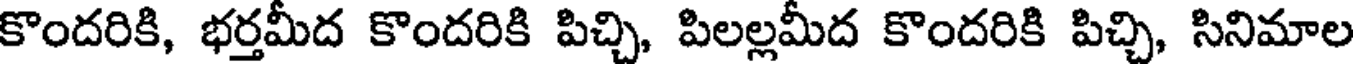
కొందరికి, భర్తమీద కొందరికి పిచ్చి, పిలల్లమీద కొందరికి పిచ్చి, సినిమాల